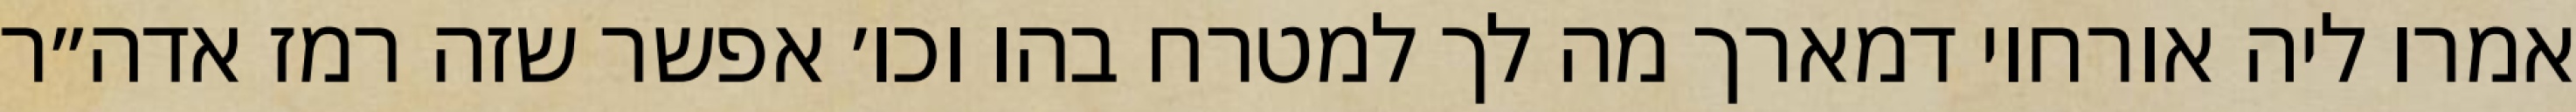
אמרו ליה אורחוי דמארך מה לך למטרח בהו וכו׳ אפשר שזה רמז אדה״ר